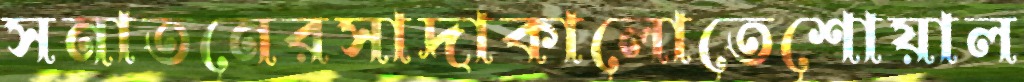
সনাতনেরসাদাকালোতেশোয়াল